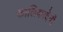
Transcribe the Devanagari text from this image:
कालिकादेवी